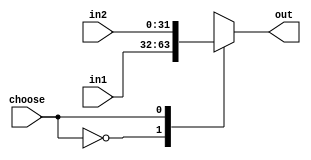
//3221
module select2_32(
input [31:0] in1,
input [31:0] in2,
input choose,
output reg [31:0] out
);

always@(in1 or in2 or choose)
case(choose)
1'b0:out=in1;
1'b1:out=in2;
default:out=32'b0;
endcase
endmodule


//821
module select2_8(
input [7:0] in1,
input [7:0] in2,
input choose,
output reg [7:0] out
);

always@(in1 or in2 or choose)
case(choose)
1'b0:out=in1;
1'b1:out=in2;
default:out=8'b0;
endcase
endmodule


//521
module select2_5(
input [4:0] in1,
input [4:0] in2,
input choose,
output reg [4:0] out
);

always@(in1 or in2 or choose)
case(choose)
1'b0:out=in1;
1'b1:out=in2;
default:out=5'b0;
endcase
endmodule


//531
module select3_5(
input [4:0] in1,
input [4:0] in2,
input [4:0] in3,
input [1:0] choose,
output reg [4:0] out
);
always@(in1 or in2 or in3 or choose)
case(choose)
2'b00:out=in1;
2'b01:out=in2;
2'b10:out=in3;
default:out=5'b0;
endcase
endmodule


//3231
module select3_32(
input [31:0] in1,
input [31:0] in2,
input [31:0] in3,
input [1:0] choose,
output reg [31:0] out
);
always@(in1 or in2 or in3 or choose)
case(choose)
2'b00:out=in1;
2'b01:out=in2;
2'b10:out=in3;
default:out=32'b0;
endcase
endmodule 

//831
module select3_8(
input [7:0] in1,
input [7:0] in2,
input [7:0] in3,
input [1:0] choose,
output reg [7:0] out
);
always@(in1 or in2 or in3 or choose)
case(choose)
2'b00:out=in1;
2'b01:out=in2;
2'b10:out=in3;
default:out=8'b0;
endcase
endmodule 


//3241
module select4_32(
input [31:0] in1,
input [31:0] in2,
input [31:0] in3,
input [31:0] in4,
input [1:0] choose,
output reg [31:0] out
);
always@(in1 or in2 or in3 or in4 or choose)
case(choose)
2'b00:out=in1;
2'b01:out=in2;
2'b10:out=in3;
2'b11:out=in4;
default:out=32'b0;
endcase
endmodule
 
//841
module select4_8(
input [7:0] in1,
input [7:0] in2,
input [7:0] in3,
input [7:0] in4,
input [1:0] choose,
output reg [7:0] out
);
always@(in1 or in2 or in3 or in4 or choose)
case(choose)
2'b00:out=in1;
2'b01:out=in2;
2'b10:out=in3;
2'b11:out=in4;
default:out=8'b0;
endcase
endmodule 


//3251
module select5_32(
input [31:0] in1,
input [31:0] in2,
input [31:0] in3,
input [31:0] in4,
input [31:0] in5,
input [2:0] choose,
output reg [31:0] out
);
always@(in1 or in2 or in3 or in4 or in5 or choose)
case(choose)
3'b000:out=in1;
3'b001:out=in2;
3'b010:out=in3;
3'b011:out=in4;
3'b100:out=in5;
default:out=32'b0;
endcase
endmodule 

//881
module select8_8(
input [7:0] in1,
input [7:0] in2,
input [7:0] in3,
input [7:0] in4,
input [7:0] in5,
input [7:0] in6,
input [7:0] in7,
input [7:0] in8,
input [2:0] choose,
output reg [7:0] out
);
always@(in1 or in2 or in3 or in4 or in5 or in6 or in7 or in8 or choose)
case(choose)
3'b000:out=in1;
3'b001:out=in2;
3'b010:out=in3;
3'b011:out=in4;
3'b100:out=in5;
3'b101:out=in6;
3'b110:out=in7;
3'b111:out=in8;
default:out=8'b0;
endcase
endmodule